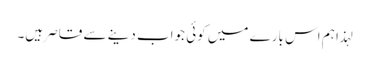
لہذا ہم اس بارے میں کوئی جواب دینے سے قاصر ہیں۔